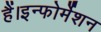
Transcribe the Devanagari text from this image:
हैं।इन्फोर्मेशन